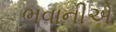
ભવાનીએ